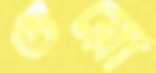
গুয়ো